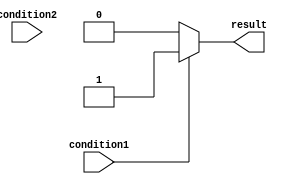
module if_else_statement(
    input wire condition1,
    input wire condition2,
    output reg result
);

always @*
begin
    if (condition1)
    begin
        result = 1; // Perform action if condition1 is true
    end
    else if (condition2)
    begin
        result = 2; // Perform action if condition2 is true
    end
    else
    begin
        result = 0; // Default action if none of the conditions are met
    end
end

endmodule